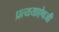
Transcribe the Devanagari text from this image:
प्रत्ययाऐवजी